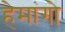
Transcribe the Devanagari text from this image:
हेमांगो